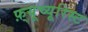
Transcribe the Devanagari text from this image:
फ़्यूच्यूरिस्ट